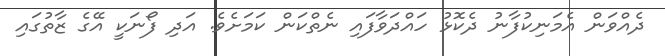
ދެއްވަން އެމަނިކުފާނު ދެކޮޅު ހައްދަވާފައި ނެތްކަން ކަމަށެވެ. އަދި ފޯނަކީ އޭގެ ޒާތުގައި